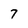
Character: 7